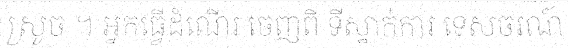
ស្រូច ។ អ្នកធ្វើដំណើរ ចេញពី ទីស្នាក់ការ ទេសចរណ៍